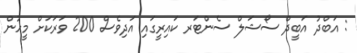
: އަބްދު އަބީދް ސޯޝަލް ސެންޓަރ ކައިރީގައި އަދިވެސް 200 ވަރަކަށް މީހުން